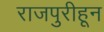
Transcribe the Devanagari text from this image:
राजपुरीहून